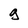
Character: g